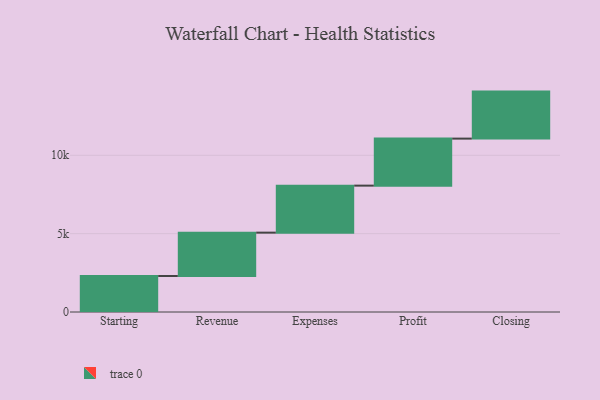
{"axis": {"x": "Step", "y": "Value"}, "legend": [""], "data": [{"x": "Starting", "y": 2297.0, "type": ""}, {"x": "Revenue", "y": 2767.0, "type": ""}, {"x": "Expenses", "y": 3000, "type": ""}, {"x": "Profit", "y": 3000, "type": ""}, {"x": "Closing", "y": 3000, "type": ""}]}